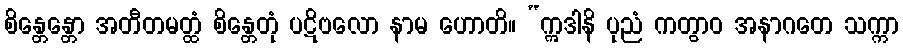
စိန္တေန္တော အတီတမတ္ထံ စိန္တေတုံ ပဋိဗလော နာမ ဟောတိ။ “ဣဒါနိ ပုညံ ကတွာဝ အနာဂတေ သက္ကာ